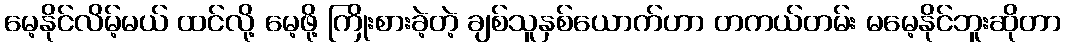
မေ့နိုင်လိမ့်မယ် ထင်လို့ မေ့ဖို့ ကြိုးစားခဲ့တဲ့ ချစ်သူနှစ်ယောက်ဟာ တကယ်တမ်း မမေ့နိုင်ဘူးဆိုတာ